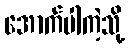
အောက်ပါကဲ့သို့